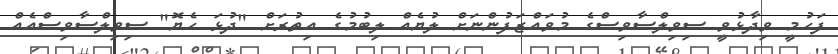
ފަހުމީ ވިދާޅުވީ ސިވިލްސާވިސްގެ މުވައްޒަފުންނަށް ލުޔެއް ލިބުމުގެ އިތުރަށް "ދުޅަ ހެޔޮ" ސިވިލްސާވިސްއެއް